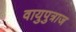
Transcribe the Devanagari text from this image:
वायुपुत्राज